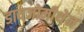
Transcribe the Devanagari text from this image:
डायजोमीथेन